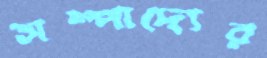
সম্পাদ্যের